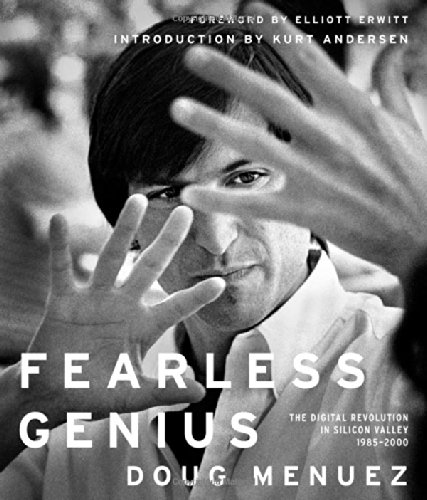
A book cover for Fearless Genius: The Digital Revolution in Silicon Valley 1985-2000; Doug Menuez; Arts & Photography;